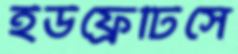
ইউফ্রেটিসে